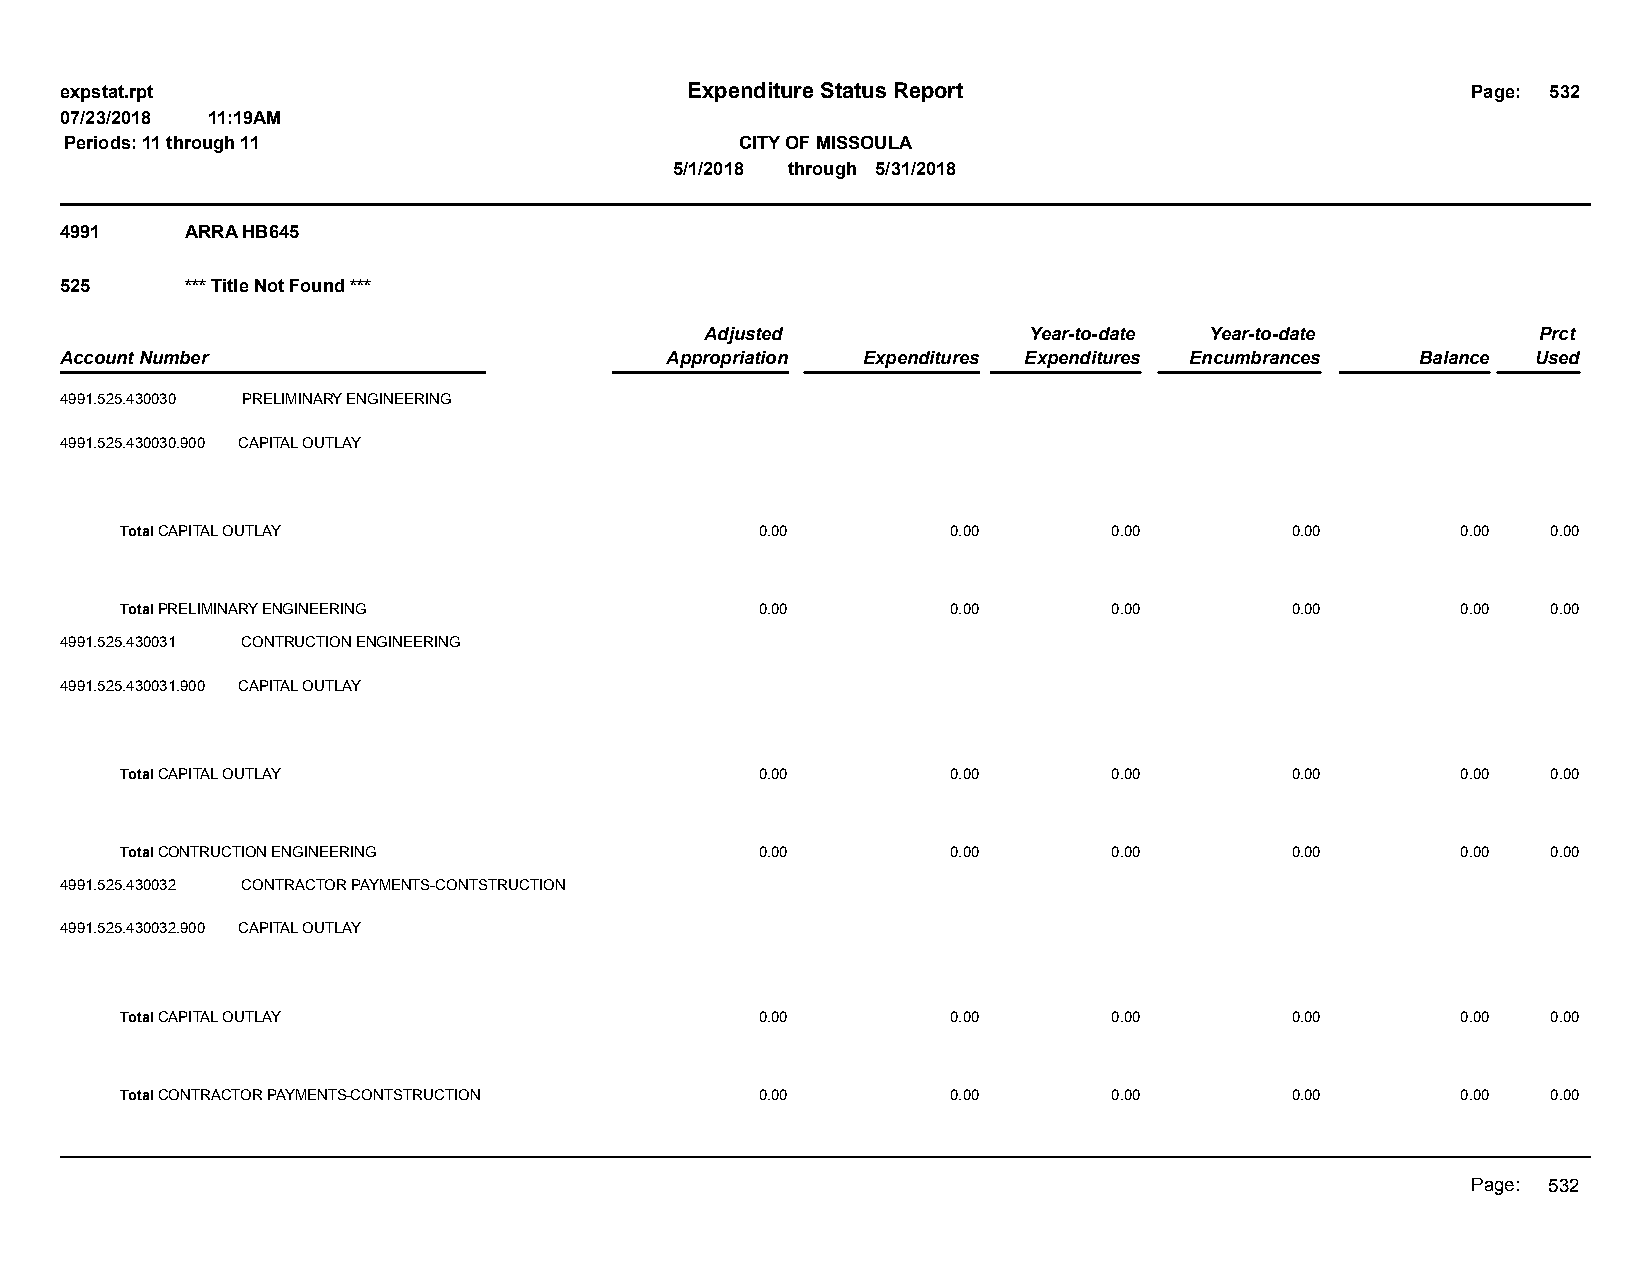
expstat.rpt                              Expenditure Status Report                           Page: 532
 07/23/2018 11:19AM
 Periods: 11 through 11                       CITY OF MISSOULA
 5/1/2018 through 5/31/2018
 4991    ARRA HB645
 525     *** Title Not Found ***
 Adjusted             Year-to-date Year-to-date         Prct
 Account Number                          Appropriation Expenditures Expenditures Encumbrances Balance Used
 4991.525.430030 PRELIMINARY ENGINEERING
 4991.525.430030.900 CAPITAL OUTLAY
 Total CAPITAL OUTLAY                      0.00         0.00       0.00       0.00        0.00  0.00
 Total PRELIMINARY ENGINEERING             0.00         0.00       0.00       0.00        0.00  0.00
 4991.525.430031 CONTRUCTION ENGINEERING
 4991.525.430031.900 CAPITAL OUTLAY
 Total CAPITAL OUTLAY                      0.00         0.00       0.00       0.00        0.00  0.00
 Total CONTRUCTION ENGINEERING             0.00         0.00       0.00       0.00        0.00  0.00
 4991.525.430032 CONTRACTOR PAYMENTS-CONTSTRUCTION
 4991.525.430032.900 CAPITAL OUTLAY
 Total CAPITAL OUTLAY                      0.00         0.00       0.00       0.00        0.00  0.00
 Total CONTRACTOR PAYMENTS-CONTSTRUCTION   0.00         0.00       0.00       0.00        0.00  0.00
 Page: 532